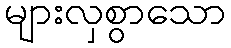
များလှစွာသော